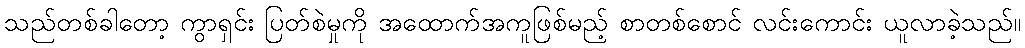
သည်တစ်ခါတော့ ကွာရှင်း ပြတ်စဲမှုကို အထောက်အကူဖြစ်မည့် စာတစ်စောင် လင်းကောင်း ယူလာခဲ့သည်။